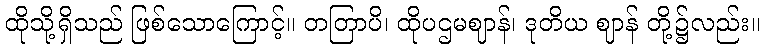
ထိုသို့ရှိသည် ဖြစ်သောကြောင့်။ တတြာပိ၊ ထိုပဌမဈာန်၊ ဒုတိယ ဈာန် တို့၌လည်း။